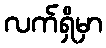
လက်ရှိမှာ